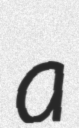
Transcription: a